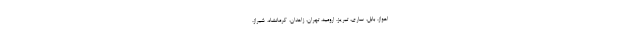
اهواز، بابل، ساری، تبریز، ارومیه، تهران، زاهدان، کرمانشاه، شیراز،